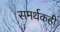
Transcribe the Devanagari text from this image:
समर्थकही